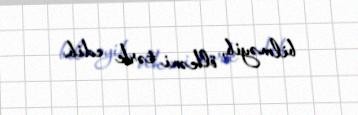
bilməyib, ölkəni tərk edib.